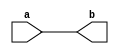
module simple (a, b);
input [7:0] a;
output [7:0] b;
reg  b;	// Error here!

always @(a)
  begin
    b = a;
  end

endmodule